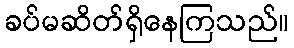
ခပ်မဆိတ်ရှိနေကြသည်။